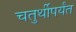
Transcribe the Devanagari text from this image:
चतुर्थीपर्यंत